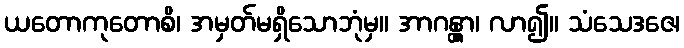
ယတောကုတောစိ၊ အမှတ်မရှိသောဘုံမှ။ အာဂန္တွာ၊ လာ၍။ သံသေဒဇေ၊